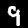
Label: 9